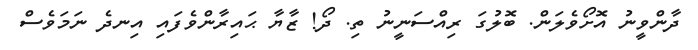
ދާންވީނު އޮށޯވެލަން. ބޮލުގަ ރިއްސަނީނު ތި. ދޯ! ޒާޔާ ޙައިރާންވެފައި އިނދެ ނަމަވެސް